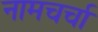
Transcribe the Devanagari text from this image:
नामचर्चा